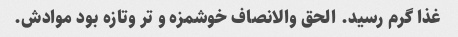
غذا گرم رسید. الحق والانصاف خوشمزه و تر وتازه بود موادش.